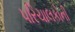
પરિચાલકોની